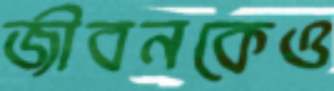
জীবনকেও